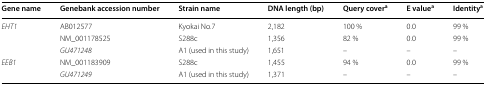
| Gene name | Genebank accession number | Strain name | DNA length (bp) | Query covera | E valuea | Identitya |
 | --- | --- | --- | --- | --- | --- | --- |
 | <ROWSPAN=3> EHT1 | AB012577 | Kyokai No.7 | 2,182 | 100 % | 0.0 | 99 % |
 | NM_001178525 | S288c | 1,356 | 82 % | 0.0 | 99 % |
 | GU471248 | A1 (used in this study) | 1,651 | – | – | – |
 | <ROWSPAN=2> EEB1 | NM_001183909 | S288c | 1,455 | 94 % | 0.0 | 99 % |
 | GU471249 | A1 (used in this study) | 1,371 | – | – | – |